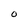
Character: 0